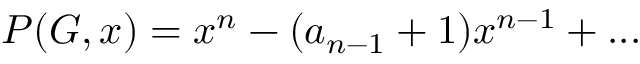
P ( G , x ) = x ^ { n } - ( a _ { n - 1 } + 1 ) x ^ { n - 1 } + . . .